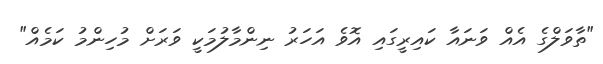
"ތާވަލްގެ އެއް ވަނައާ ކައިރީގައި އޮވެ އަހަރު ނިންމާލުމަކީ ވަރަށް މުހިންމު ކަމެއް"